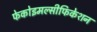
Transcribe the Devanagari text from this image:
फेकोइमल्सीफिकेशन